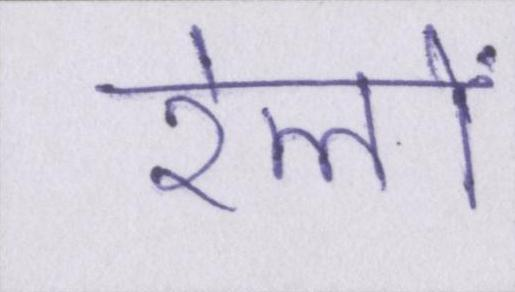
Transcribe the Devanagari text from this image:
रेलों